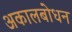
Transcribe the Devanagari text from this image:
अकालबोधन